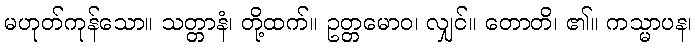
မဟုတ်ကုန်သော။ သတ္တာနံ၊ တို့ထက်။ ဥတ္တမောဝ၊ လျှင်။ တောတိ၊ ၏။ ကသ္မာပန၊